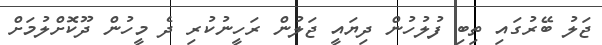
ޖަލު ބޭރުގައި ތިބި ފުލުހުން ދިޔައީ ޖަލުން ރަހީނުކުރި ދެ މީހުން ދޫކޮށްލުމަށް